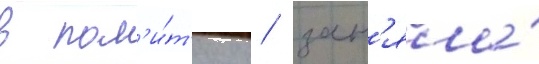
в пол'и́т'ику / зан'яла́